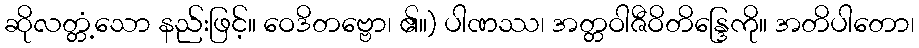
ဆိုလတ္တံ့သော နည်းဖြင့်။ ဝေဒိတဗ္ဗော၊ ၏။) ပါဏဿ၊ အတ္တဝါဇီဝိတိန္ဒြေကို။ အတိပါတော၊